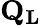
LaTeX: \mathbf{Q_{L}}